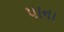
પાના